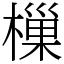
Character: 樔